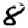
Digit: 8